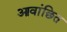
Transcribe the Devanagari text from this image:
आवांछित